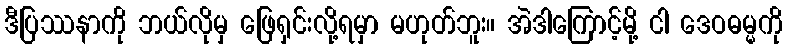
ဒီပြဿနာကို ဘယ်လိုမှ ဖြေရှင်းလို့ရမှာ မဟုတ်ဘူး။ အဲဒါကြောင့်မို့ ငါ ဒေဝဓမ္မကို